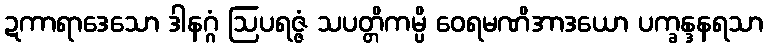
ဍကာရာဒေသော ဒါနဂ္ဂံ ဩပရဇ္ဇံ သပတ္တိကမ္ပိ ဝေရမဏိအာဒယော ပက္ခန္ဒနရသာ